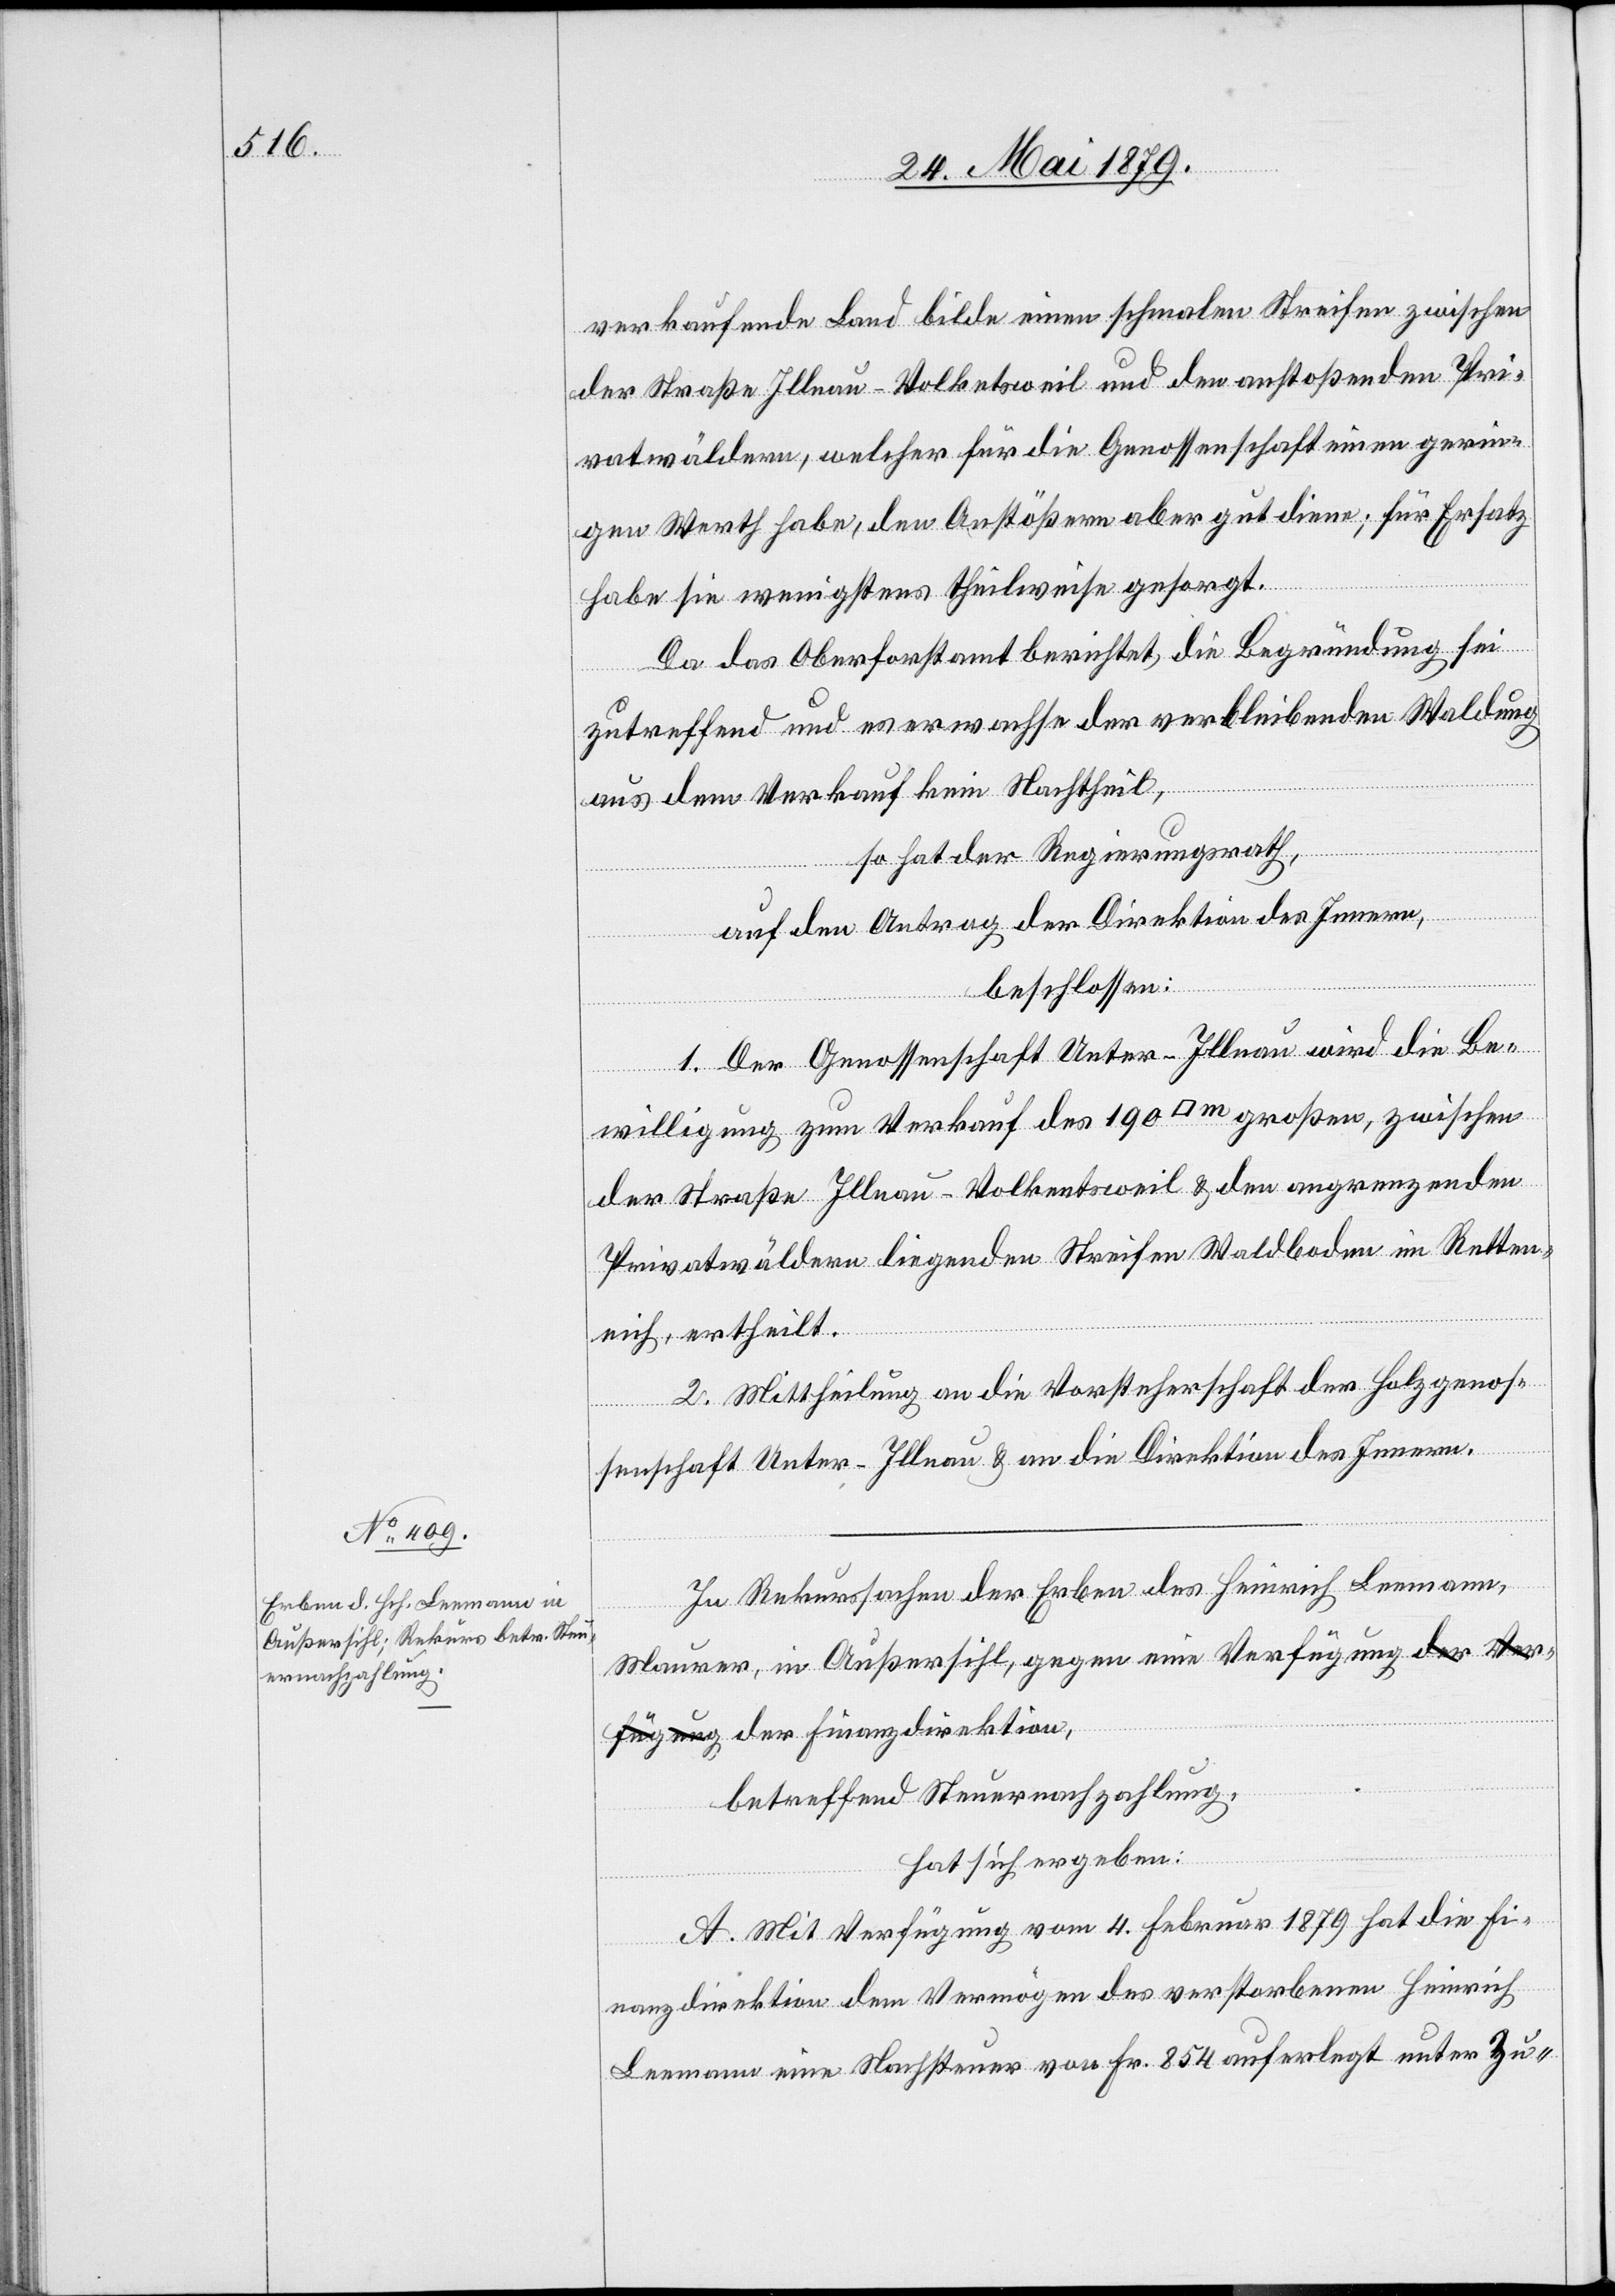
verkaufende Land bilde einen schmalen Streifen zwischen
der Straße Illnau–Volketsweil und den anstoßenden Pri¬
vatwäldern, welcher für die Genossenschaft einen gerin¬
gen Werth habe, den Anstößern aber gut diene; für Ersatz
habe sie wenigstens theilweise gesorgt.
Da das Oberforstamt berichtet, die Begründung sei
zutreffend und es erwachse der verbleibenden Waldung
aus dem Verkauf kein Nachtheil,
so hat der Regierungsrath,
auf den Antrag der Direktion des Innern,
beschlossen:
1. Der Genossenschaft Unter-Illnau wird die Be¬
willigung zum Verkauf des 190 [Quadratmeter] großen, zwischen
der Straße Illnau–Volkentsweil [sic!] & den angrenzenden
Privatwäldern liegenden Streifen Waldboden im Retten¬
eich, ertheilt.
2. Mittheilung an die Vorsteherschaft der Holzgenos¬
senschaft Unter-Illnau & an die Direktion des Innern.
tion,
In Rekurssachen der Erben des Heinrich Leemann,
Maurer, in Außersihl, gegen eine Verfügung der Fin¬
betreffend Steuernachzahlung,
anz¬
hat sich ergeben:
A. Mit Verfügung vom 4. Februar 1879 hat die Fi¬
nanzdirektion dem Vermögen des verstorbenen Heinrich
Leemann eine Nachsteuer von Fr. 854 auferlegt unter Zu-